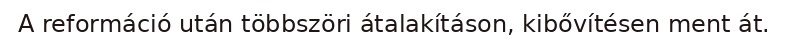
A reformáció után többszöri átalakításon, kibővítésen ment át.